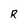
Character: R